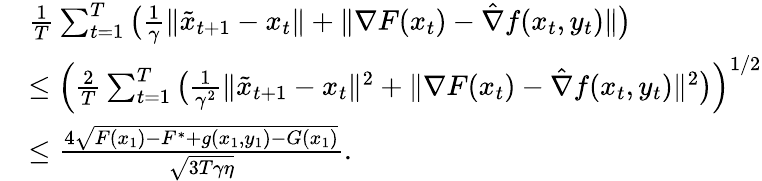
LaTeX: \begin{array}{rl}&{\frac{1}{T}\sum_{t=1}^{T}\big(\frac{1}{\gamma}\| \tilde{x}_{t+1}-x_{t}\| +\| \nabla F(x_{t})-\hat{\nabla}f(x_{t},y_{t})\| \big)}\\ &{\leq\Big(\frac{2}{T}\sum_{t=1}^{T}\big(\frac{1}{\gamma^{2}}\| \tilde{x}_{t+1}-x_{t}\| ^{2}+\| \nabla F(x_{t})-\hat{\nabla}f(x_{t},y_{t})\| ^{2}\big)\Big)^{1/2}}\\ &{\leq\frac{4\sqrt{F(x_{1})-F^{*}+g(x_{1},y_{1})-G(x_{1})}}{\sqrt{3T\gamma\eta}}.}\end{array}